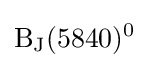
{\rm {B_{J}(5840)^{0}}}